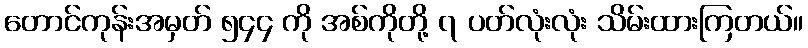
တောင်ကုန်းအမှတ် ၅၄၄ ကို အစ်ကိုတို့ ၇ ပတ်လုံးလုံး သိမ်းထားကြတယ်။